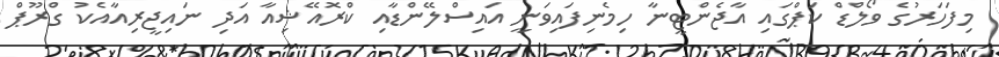
މިފަހަރުގެ ވޯލްޑް ކަޕްގައި އާޖެންޓީނާ ހިމެނިފައިވަނީ އައިސްލޭންޑާއި ކްރޮއޭޝިއާ އަދި ނައިޖީރިއާއެކު ގްރޫޕް